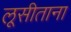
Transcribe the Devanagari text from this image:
लूसीताना